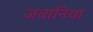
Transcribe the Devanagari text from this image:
जबानिया